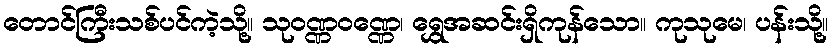
တောင်ကြီးသစ်ပင်ကဲ့သို့။ သုဝဏ္ဏဝဏ္ဏေ၊ ရွှေအဆင်းရှိကုန်သော။ ကုသုမေ၊ ပန်းသို့။